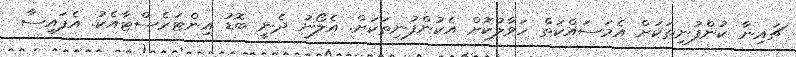
ޗައިނާ ކުންފުނިތަކަށް އެމަސައްކަތް ހަވާލުކޮށް އެކުންފުނިތަކަށް. އެލޯނު ދެނީ ބޮޑު އިންޓަރެސްޓާއެކު. އެފައިސާ